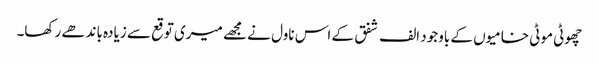
چھوٹی موٹی خامیوں کے باوجود الف شفق کے اس ناول نے مجھے میری توقع سے زیادہ باندھے رکھا۔